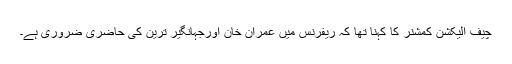
چیف الیکشن کمشنر کا کہنا تھا کہ ریفرنس میں عمران خان اورجہانگیر ترین کی حاضری ضروری ہے۔